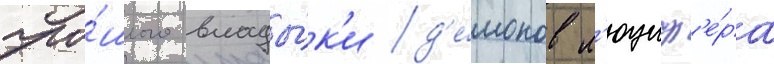
про́шлого влады́к'и д'е́монов л'юциф'е́ра